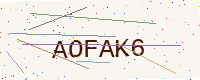
Text: AOFAK6